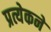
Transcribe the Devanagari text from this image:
प्रत्येकने